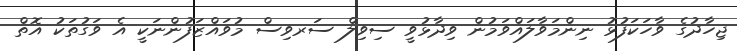
ޖިހާދުގެ ވާހަކަފުޅު ނިންމަވާލައްވަމުން ވިދާޅުވީ ސިވިލް ސަރވިސް މުވައްޒަފުންނަކީ އެ ވަގުތަކު އޮތް